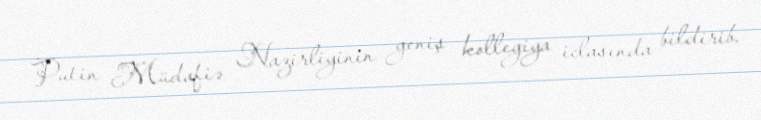
Putin Müdafiə Nazirliyinin geniş kollegiya iclasında bildirib.